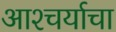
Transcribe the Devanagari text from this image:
आश्‍चर्याचा